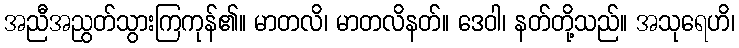
အညီအညွတ်သွားကြကုန်၏။ မာတလိ၊ မာတလိနတ်။ ဒေဝါ၊ နတ်တို့သည်။ အသုရေဟိ၊